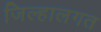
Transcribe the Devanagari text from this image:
जिल्हालगत